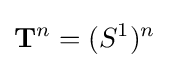
\mathbf {T} ^{n}=(S^{1})^{n}